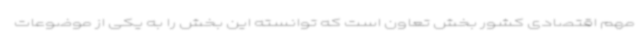
مهم اقتصادی کشور بخش تعاون است که توانسته این بخش را به یکی از موضوعات